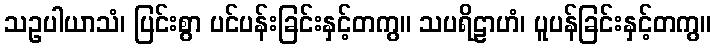
သဥပါယာသံ၊ ပြင်းစွာ ပင်ပန်းခြင်းနှင့်တကွ။ သပရိဠာဟံ၊ ပူပန်ခြင်းနှင့်တကွ။